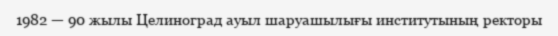
1982 — 90 жылы Целиноград ауыл шаруашылығы институтының ректоры